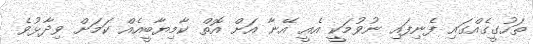
ތަހުގީގެއްގައި ފެނިފައި ނުވުމަކީ އެއީ އޭނާ އަށް އޮތް ކާމިޔާބީއެއް ކަމަށް ވިދާޅުވެ